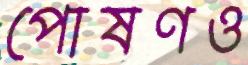
পোষণও